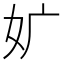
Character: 㚧